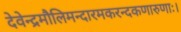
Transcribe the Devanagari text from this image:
देवेन्द्रमौलिमन्दारमकरन्दकणारुणाः।